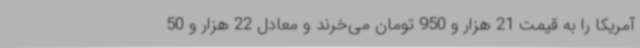
آمریکا را به قیمت 21 هزار و 950 تومان می‌خرند و معادل 22 هزار و 50